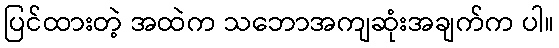
ပြင်ထားတဲ့ အထဲက သဘောအကျဆုံးအချက်က ပါ။